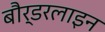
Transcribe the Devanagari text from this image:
बौर्डरलाइन